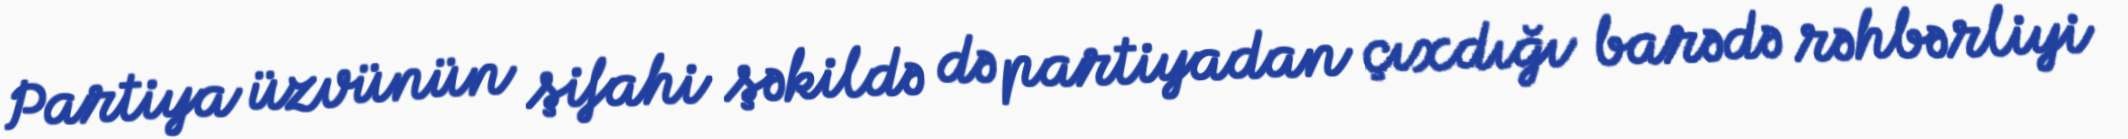
Partiya üzvünün şifahi şəkildə də partiyadan çıxdığı barədə rəhbərliyi